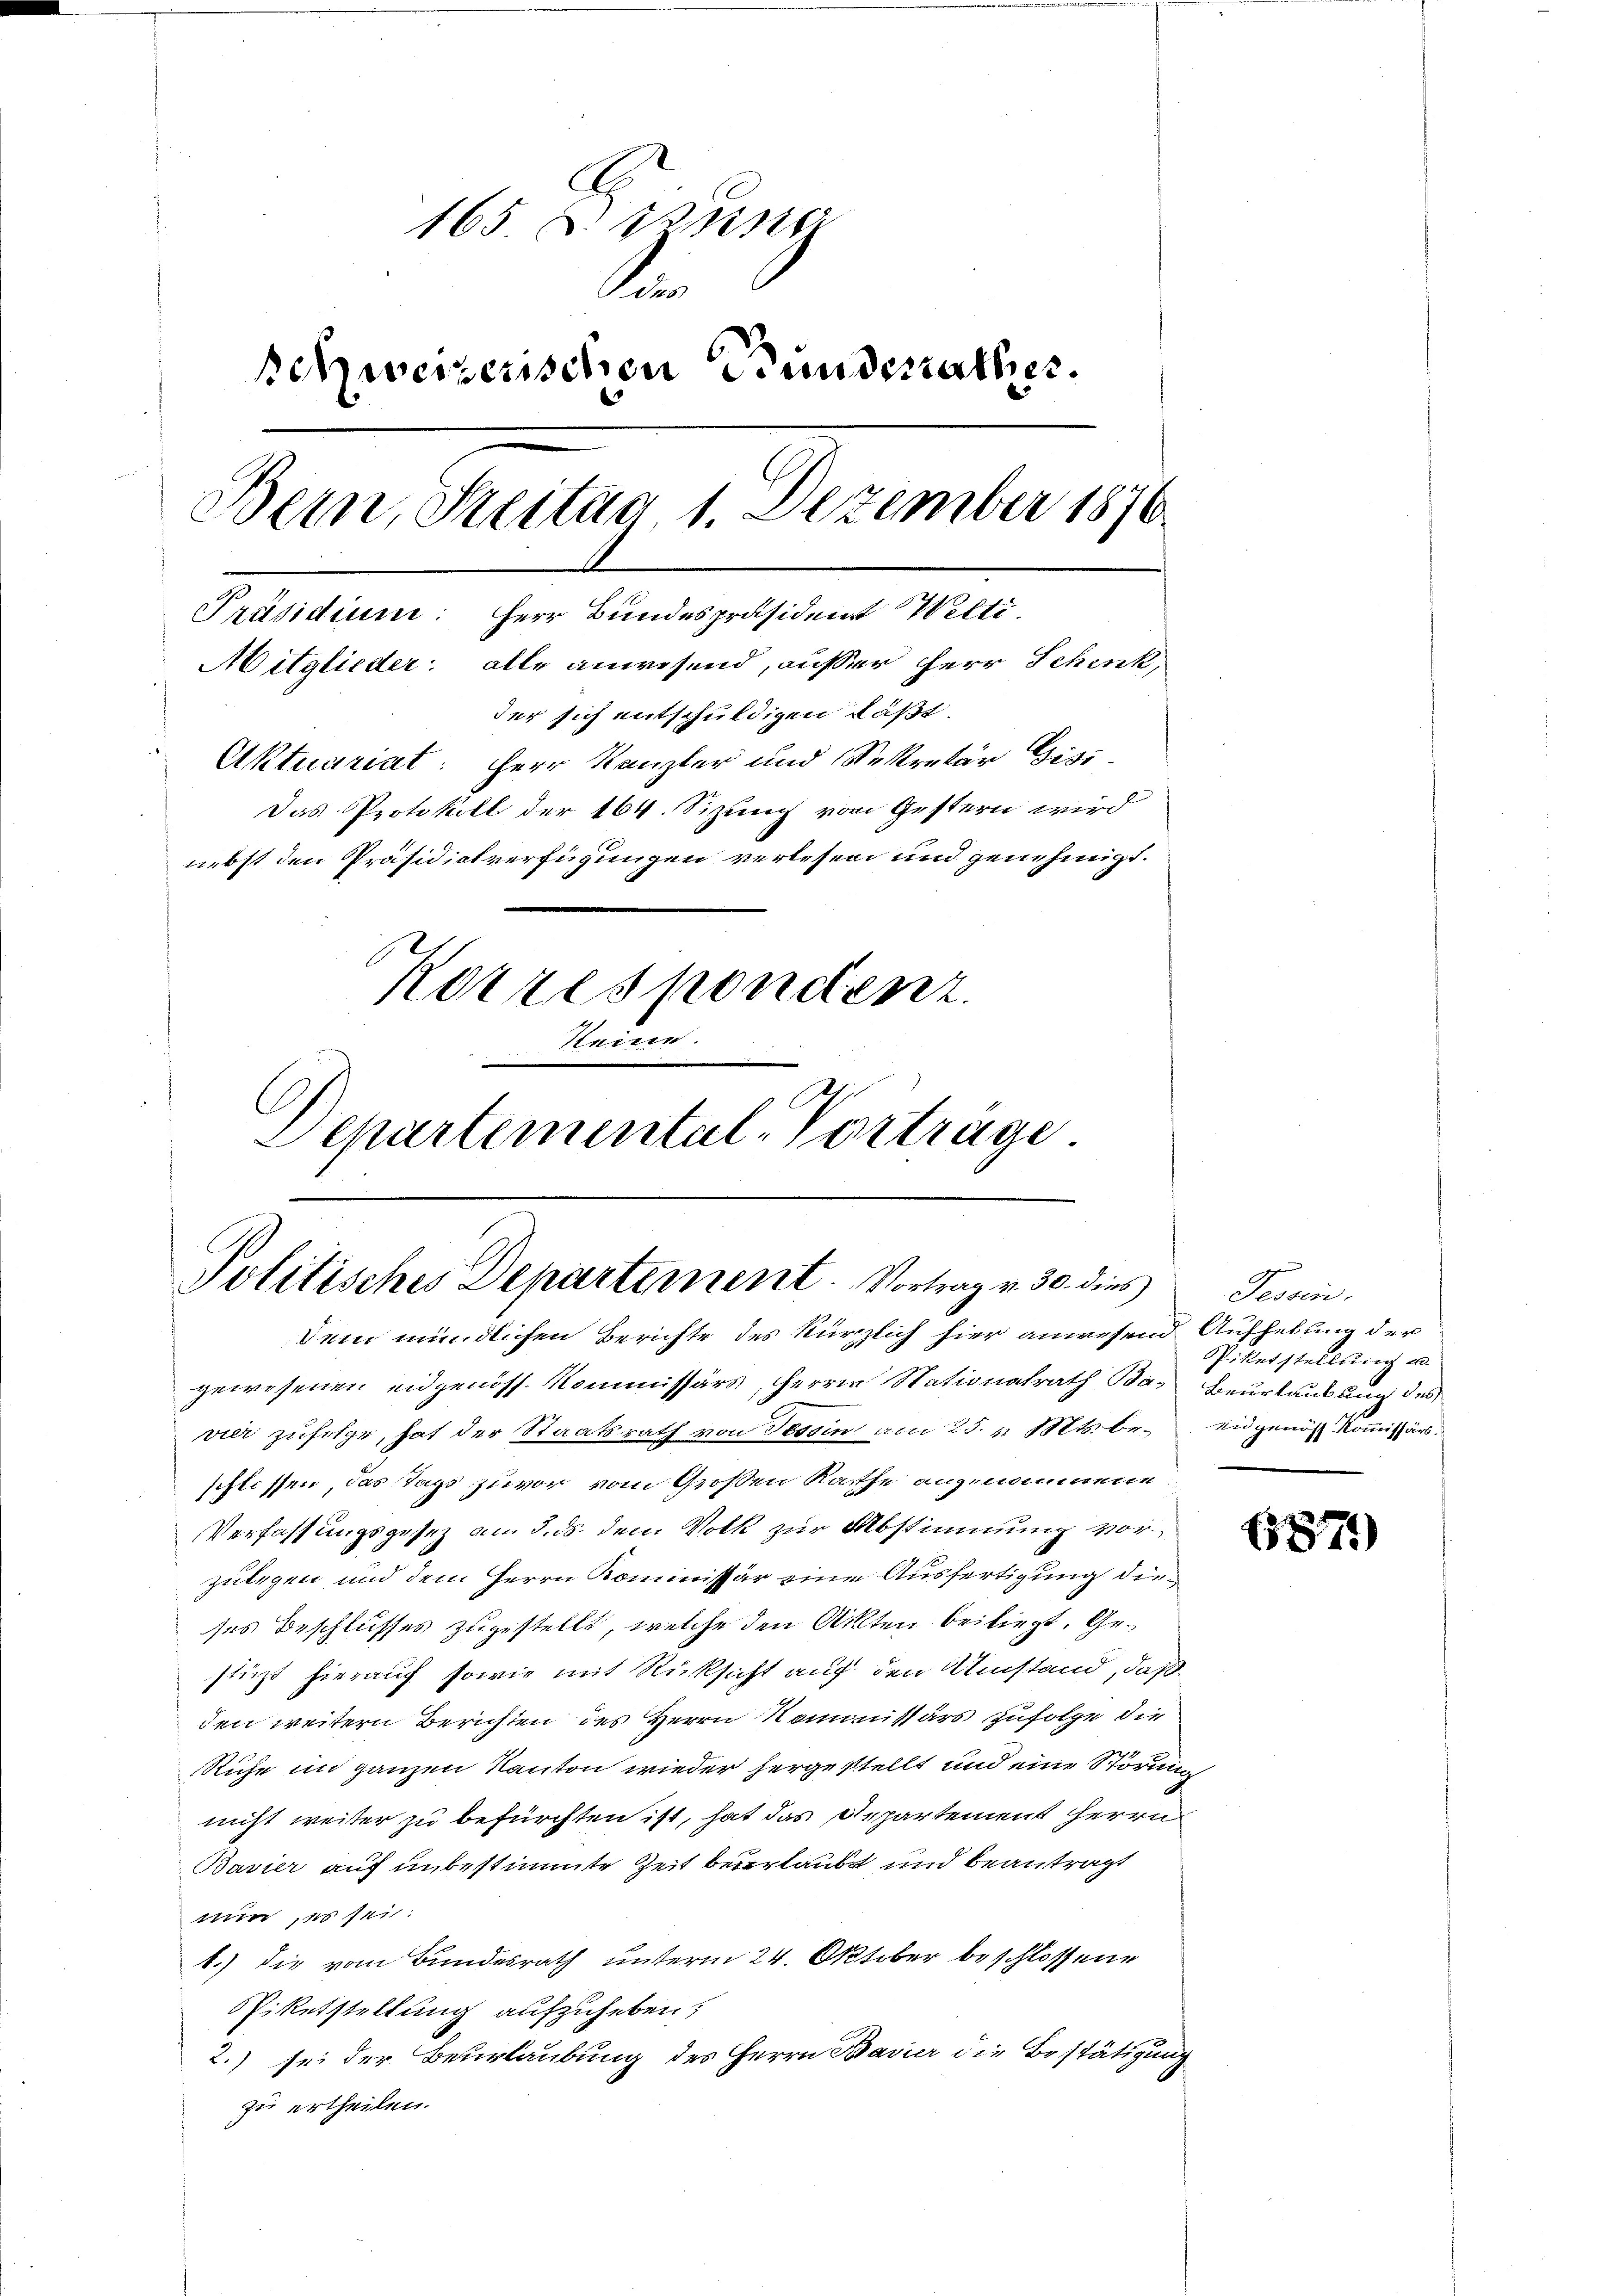
Politisches Departement. Vortrag v. 30. dies
Dem mündlichen Berichte des kürzlich hier anwesend Aufhebung der

165. Die
1.
Schweizerischen Bundesrather.
Bern, Steitag 1. Dezember 1876
Präsidium: Herr Bundespräsident Welti.
Mitglieder: alle anwesend, ausser Herr Schenk,
der sich entschuldigen läßt.
Aktuariat: Herr Kanzler und Sekretär Gisi-
Das Protokoll der 164. Sizung vom Gestern wird
nebst den Präsidictverfügungen verlesen und genehmigt.
Korrespondienz
Neie.
Departemental-Vortrage

gewesenen eidgenöss. Kommissärs, Herrn Nationalrath Ba- Beurlaubung des
vier zŭfolge, hat der Staatsrath von Tessin am 25. v. Mts. be¬ eidgenöß Koṁissärs.
schlossen, das Tags zuvor vom Großen Rathe angenommene
Verfassungsgesez am 5. ds. dem Volk zur Abstimmung vorzulegen und dem Herrn Kommissär eine Ausfertigung dieses Beschlusses zugestellt, welche den Akten beiliegt. Gestüzt hierauf sowie mit Rücksicht auf den Umstand, daß
den weitern Berichten des Herrn Kommissärs zufolge die
Ruhe im ganzen Kanton wieder hergestellt und eine Störung
nicht weiter zu befürchten ist, hat das Departement Herrn
Bavier auf unbestimmte Zeit beurlaubt und beantragt
nin es sei.
1.) die vom Bundesrath unterm 24. Oktober beschlossene
Eiketstellung aufzuheben;
2.) sei der Beurlaubung des Herrn Bravier die Bestätigung
zu ertheilen.

Tessin.
Piketstellung un

68771)